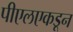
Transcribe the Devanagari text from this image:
पीएलएकडून